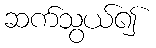
ဆက်သွယ်၍